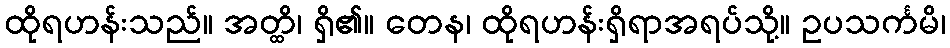
ထိုရဟန်းသည်။ အတ္ထိ၊ ရှိ၏။ တေန၊ ထိုရဟန်းရှိရာအရပ်သို့။ ဥပသင်္ကမိ၊